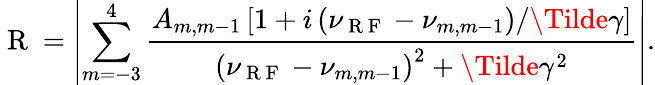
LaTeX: \mathrm{~R~}=\left|\sum_{m=-3}^{4}\frac{A_{m,m-1}\left[1+i\left(\nu_{\mathrm{~R~F~}}-\nu_{m,m-1}\right)/\Tilde{\gamma}\right]}{\left(\nu_{\mathrm{~R~F~}}-\nu_{m,m-1}\right)^{2}+\Tilde{\gamma}^{2}}\right|.